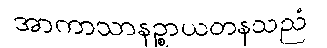
အာကာသာနဉ္စာယတနသညံ